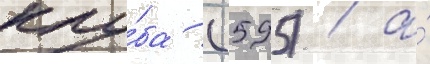
клу́ба (595) / а́